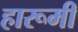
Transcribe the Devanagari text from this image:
हारूमी